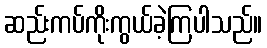
ဆည်းကပ်ကိုးကွယ်ခဲ့ကြပါသည်။